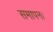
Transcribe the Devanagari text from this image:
समापन।